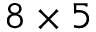
8 \times 5